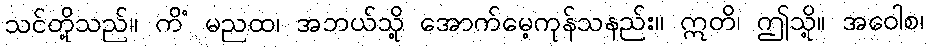
သင်တို့သည်။ ကိံ မညထ၊ အဘယ်သို့ အောက်မေ့ကုန်သနည်း။ ဣတိ၊ ဤသို့။ အဝေါစ၊